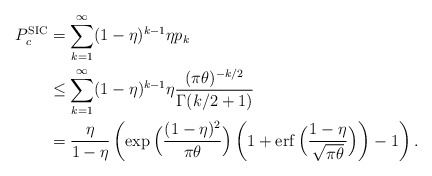
\begin{align*}P_c^{\textnormal{SIC}}&=\sum_{k=1}^\infty (1-\eta)^{k-1} \eta p_k \\&\leq \sum_{k=1}^\infty (1-\eta)^{k-1} \eta \frac{(\pi\theta)^{-k/2}}{\Gamma(k/2+1)} \\&= \frac{\eta}{1-\eta}\left(\exp\Big( \frac{(1-\eta)^2}{\pi\theta} \Big)\left(1+\operatorname{erf}\Big(\frac{1-\eta}{\sqrt{\pi\theta}}\Big)\right)-1\right).\end{align*}